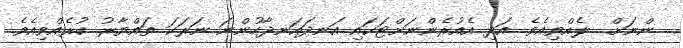
ންނަށް  ލެއްވިއެވެ. އަދި އެއުރެންނަށްޓަކައި އަނދައަނދާހުންނަ ނަރަކަ ތައްޔާރު ކުރެއްވިއެވެ.